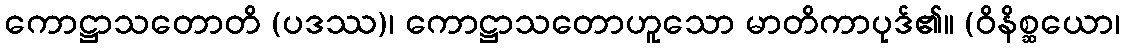
ကောဋ္ဌာသတောတိ (ပဒဿ)၊ ကောဋ္ဌာသတောဟူသော မာတိကာပုဒ်၏။ (ဝိနိစ္ဆယော၊